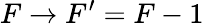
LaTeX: F\rightarrow F^{\prime}=F-1